Civil Veterinary Dept. North-West Frontier Province 1901-22 - 1901-1922
Year: 1901
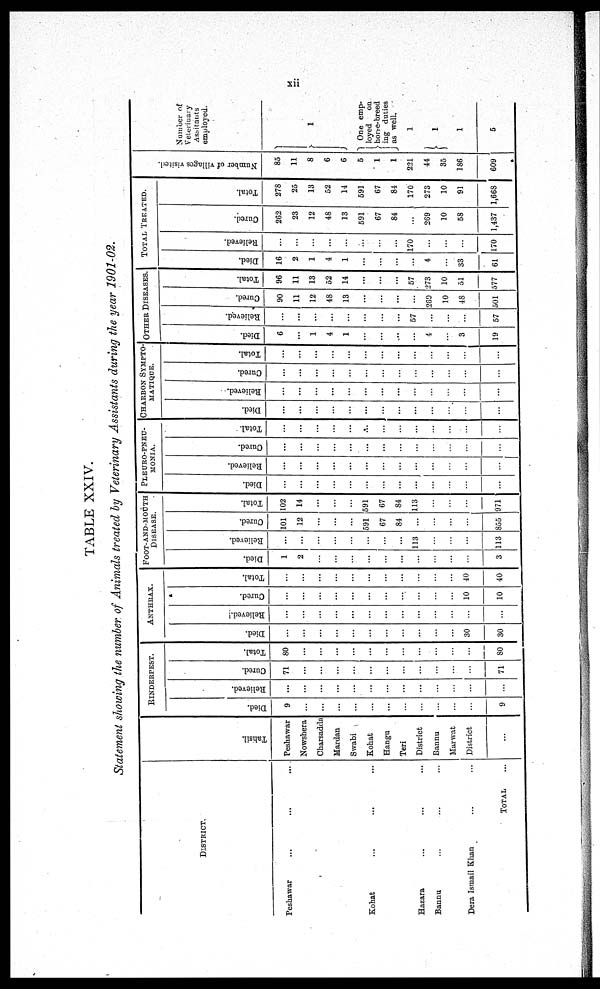
xii
TABLE XXIV.
Statement showing the number of Animals treated by Veterinary Assistants during the year 1901-02.
DISTRICT.
Peshawar ... ... ...
Kohat ... ... ...
Hazara ... ... ...
Bannu ... ... ...
Dera Ismail Khan ... ...
TOTAL ...
Tahsil.
Peshawar
Nowshera
Charsadda
Mardan
Swabi
Kohat
Hangu
Teri
District
Bannu
Marwat
District
...
RINDERPEST.
Died.
9
...
...
...
...
...
...
...
...
...
...
...
9
Relieved.
...
...
...
...
...
...
...
...
...
...
...
...
...
Cured.
71
...
...
...
...
...
...
...
...
...
...
...
71
Total.
80
...
...
...
...
...
...
...
...
...
...
...
80
ANTHRAX.
Died.
...
...
...
...
...
...
...
...
...
...
...
30
30
Relieved.
...
...
...
...
...
...
...
...
...
...
...
...
...
Cured.
...
...
...
...
...
...
...
...
...
...
...
10
10
Total.
...
...
...
...
...
...
...
...
...
...
...
40
40
FOOT-AND-MOUTH
DISEASE.
Died.
1
2
...
...
...
...
...
...
...
...
...
...
3
Relieved.
...
...
...
...
...
...
...
...
113
...
...
...
113
Cured.
101
12
...
...
...
591
67
84
...
...
...
...
855
Total.
102
14
...
...
...
591
67
84
113
...
...
...
971
PLEURO-PNEU¬
MONIA.
Died.
...
...
...
...
...
...
...
...
...
...
...
...
...
Relieved.
...
...
...
...
...
...
...
...
...
...
...
...
...
Cured.
...
...
...
...
...
...
...
...
...
...
...
...
...
Total.
...
...
...
...
...
...
...
...
...
...
...
...
...
CHARBON SYMPTO¬
MATIQUE.
Died.
...
...
...
...
...
...
...
...
...
...
...
...
...
Relieved.
...
...
...
...
...
...
...
...
...
...
...
...
...
Cured.
...
...
...
...
...
...
...
...
...
...
...
...
...
Total.
...
...
...
...
...
...
...
...
...
...
...
...
...
OTHER DISEASES.
Died.
6
...
1
4
1
...
...
...
...
4
...
3
19
Relieved.
...
...
...
...
...
...
...
...
57
...
...
...
57
Cured.
90
11
12
48
13
...
...
...
...
269
10
48
501
Total.
96
11
13
52
14
...
...
...
57
273
10
51
577
TOTAL
TREATED.
Died.
16
2
1
4
1
...
...
...
...
4
...
33
61
Relieved.
...
...
...
...
...
...
...
...
170
...
...
...
170
Cured.
262
23
12
48
13
591
67
84
...
269
10
58
1,437
Total.
278
25
13
52
14
591
67
84
170
273
10
91
1,668
Nu mb e r of villages visited.
85
11
8
6
6
5
1
1
221
44
35
186
609
Number of
Veternary
Assistants
employed.
1
One emp-
loyed
on
horse-breed
ing duties
as well.
1
1
1
5